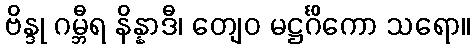
ဗိန္ဒု ဂမ္ဘီရ နိန္နာဒီ၊ တျေဝ မဋ္ဌင်္ဂိကော သရော။